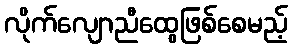
လိုက်လျောညီထွေဖြစ်စေမည့်